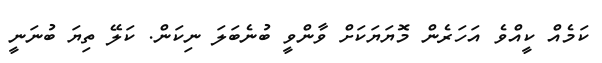
ކަމެއް ކީއްވެ އަހަރެން މޮޔަޔަކަށް ވާންވީ ބުނެބަލަ ނިކަން. ކަލޭ ތިޔަ ބުނަނީ